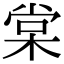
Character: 棠